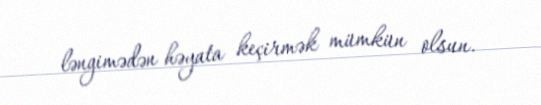
ləngimədən həyata keçirmək mümkün olsun.